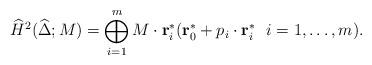
LaTeX: \begin{align*}\widehat H^2(\widehat \Delta; M)= \bigoplus_{i=1}^{m}M \cdot \mathbf{r}_i^*\/ (\mathbf{r}_0^* + p_i \cdot \mathbf{r}_i^*\ \ i = 1, \ldots, m).\end{align*}